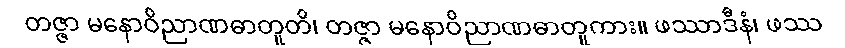
တဇ္ဇာ မနောဝိညာဏဓာတူတိ၊ တဇ္ဇာ မနောဝိညာဏဓာတူကား။ ဖဿာဒီနံ၊ ဖဿ